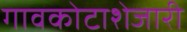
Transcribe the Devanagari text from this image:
गावकोटाशेजारी